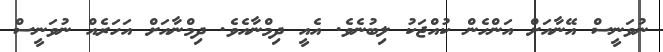
ނުވަނީސް އޭނާއަށް އަންހެން ކުއްޖަކު ލިބުނެވެ. އެއީ ދިމްނާއެވެ. ދިމްނާއަށް އަހަރެއް ނުވަނީސް